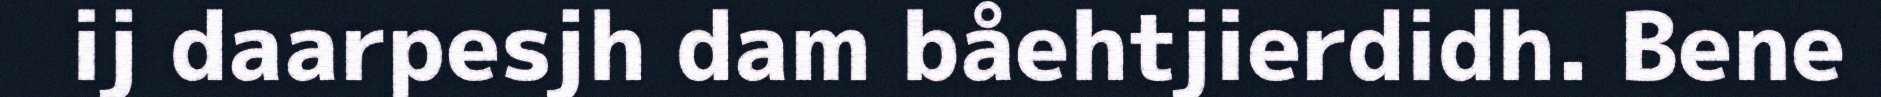
ij daarpesjh dam båehtjierdidh. Bene